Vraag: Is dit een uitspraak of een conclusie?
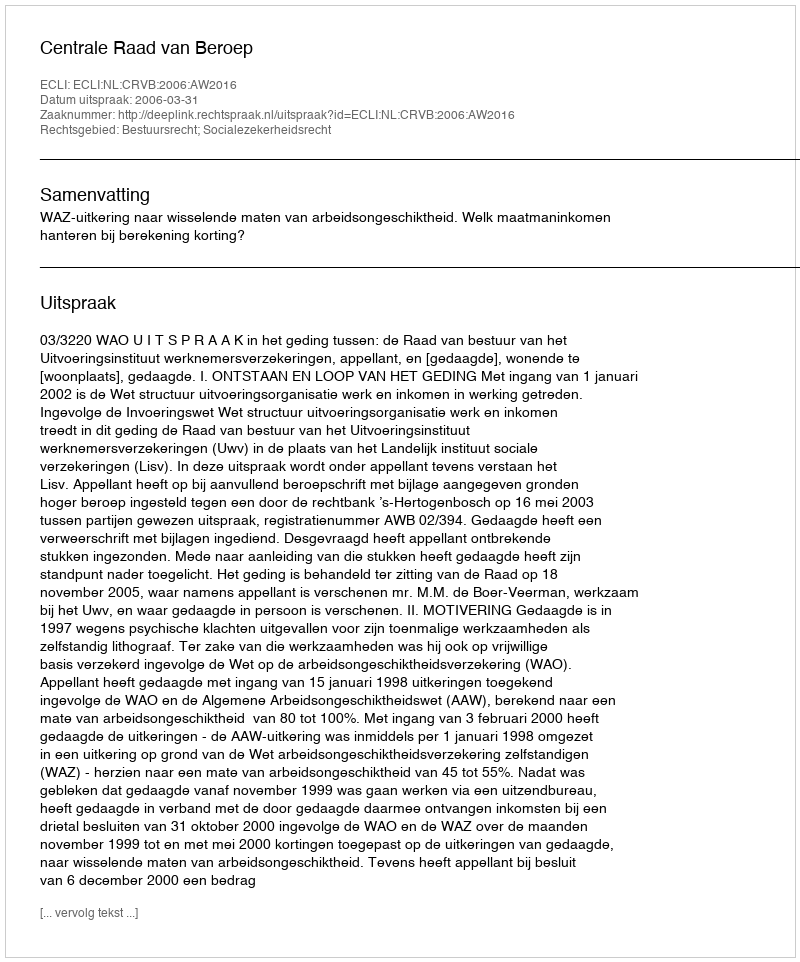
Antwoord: Uitspraak